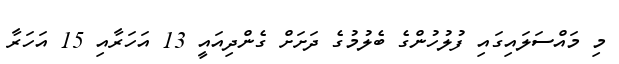
މި މައްސަލައިގައި ފުލުހުންގެ ބެލުމުގެ ދަށަށް ގެންދިއައީ 13 އަހަރާއި 15 އަހަރާ